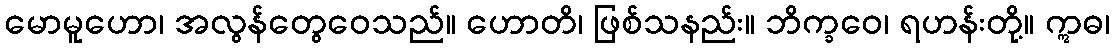
မောမူဟော၊ အလွန်တွေဝေသည်။ ဟောတိ၊ ဖြစ်သနည်း။ ဘိက္ခဝေ၊ ရဟန်းတို့။ ဣဓ၊